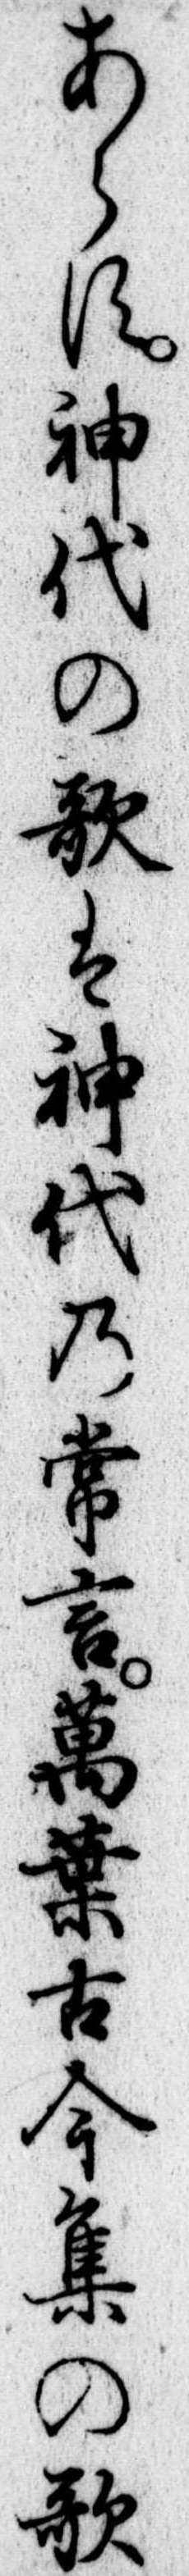
あらす神代の歌は神代の常言万葉古今集の歌